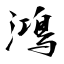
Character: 鴻